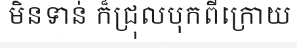
មិនទាន់ ក៏ជ្រុលបុកពីក្រោយ